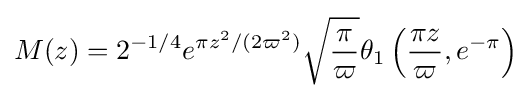
M(z)=2^{-1/4}e^{\pi z^{2}/(2\varpi ^{2})}{\sqrt {\frac {\pi }{\varpi }}}\theta _{1}\left({\frac {\pi z}{\varpi }},e^{-\pi }\right)